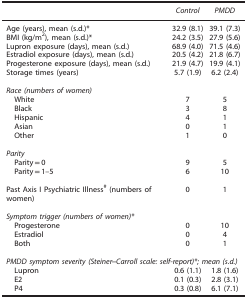
<table><thead><tr><td>[EMPTY_CELL]</td><td><b><i>Control</i></b></td><td><b><i>PMDD</i></b></td></tr></thead><tbody><tr><td>Age (years), mean (s.d.)*</td><td>32.9 (8.1)</td><td>39.1 (7.3)</td></tr><tr><td>BMI (kg/m<sup>2</sup>), mean (s.d.)*</td><td>24.2 (3.5)</td><td>27.9 (5.6)</td></tr><tr><td>Lupron exposure (days), mean (s.d.)</td><td>68.9 (4.0)</td><td>71.5 (4.6)</td></tr><tr><td>Estradiol exposure (days), mean (s.d.)</td><td>20.5 (4.2)</td><td>21.8 (6.7)</td></tr><tr><td>Progesterone exposure (days), mean (s.d.)</td><td>21.9 (4.7)</td><td>19.9 (4.1)</td></tr><tr><td>Storage times (years)</td><td>5.7 (1.9)</td><td>6.2 (2.4)</td></tr><tr><td>[EMPTY_CELL]</td><td>[EMPTY_CELL]</td><td>[EMPTY_CELL]</td></tr><tr><td colspan="3"><i>Race (numbers of women)</i></td></tr><tr><td> White</td><td>7</td><td>5</td></tr><tr><td> Black</td><td>3</td><td>8</td></tr><tr><td> Hispanic</td><td>4</td><td>1</td></tr><tr><td> Asian</td><td>0</td><td>1</td></tr><tr><td> Other</td><td>1</td><td>0</td></tr><tr><td>[EMPTY_CELL]</td><td>[EMPTY_CELL]</td><td>[EMPTY_CELL]</td></tr><tr><td colspan="3"><i>Parity</i></td></tr><tr><td> Parity=0</td><td>9</td><td>5</td></tr><tr><td> Parity=1–5</td><td>6</td><td>10</td></tr><tr><td>[EMPTY_CELL]</td><td>[EMPTY_CELL]</td><td>[EMPTY_CELL]</td></tr><tr><td>Past Axis I Psychiatric Illness<sup>#</sup> (numbers of women)</td><td>0</td><td>1</td></tr><tr><td>[EMPTY_CELL]</td><td>[EMPTY_CELL]</td><td>[EMPTY_CELL]</td></tr><tr><td colspan="3"><i>Symptom trigger (numbers of women)*</i></td></tr><tr><td> Progesterone</td><td>0</td><td>10</td></tr><tr><td> Estradiol</td><td>0</td><td>4</td></tr><tr><td> Both</td><td>0</td><td>1</td></tr><tr><td>[EMPTY_CELL]</td><td>[EMPTY_CELL]</td><td>[EMPTY_CELL]</td></tr><tr><td colspan="3"><i>PMDD symptom severity (Steiner–Carroll scale: self-report)* mean (s.d.)</i></td></tr><tr><td> Lupron</td><td>0.6 (1.1)</td><td>1.8 (1.6)</td></tr><tr><td> E2</td><td>0.1 (0.3)</td><td>2.8 (3.1)</td></tr><tr><td> P4</td><td>0.3 (0.8)</td><td>6.1 (7.1)</td></tr></tbody></table>